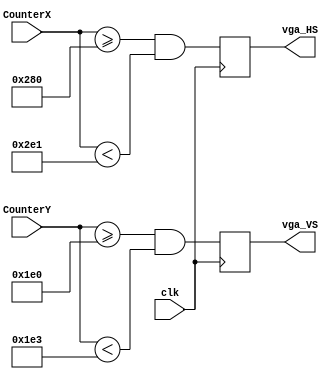
module vga(input clk, input [9:0] CounterX, input [8:0] CounterY, output vga_HS, output vga_VS
    );
reg vga_HS, vga_VS;
always @(posedge clk)
begin
  vga_HS <= (CounterX>=640&&CounterX<737);   // active for 96 clocks
  vga_VS <= (CounterY>=480&&CounterY<483);   // active for 2 clocks
end
endmodule